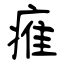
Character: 痽